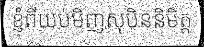
ខ្ញុំពីយប់មិញសុបិននិមិត្ត